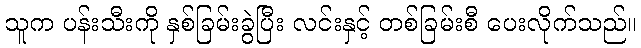
သူက ပန်းသီးကို နှစ်ခြမ်းခွဲပြီး လင်းနှင့် တစ်ခြမ်းစီ ပေးလိုက်သည်။